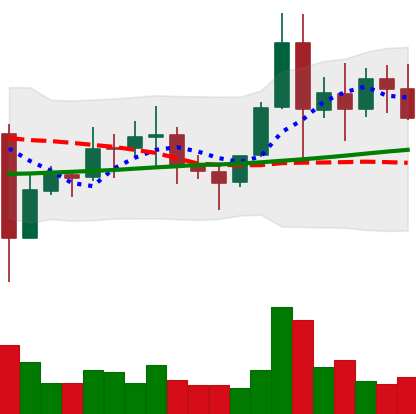
Ticker: EOS-USD
Chart end date: 2021-11-15
Forward return: -9.587%
Label: down_7plus